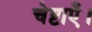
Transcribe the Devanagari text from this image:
चेष्टाएँ।